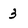
Character: 3